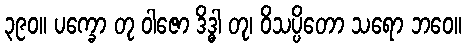
၃၉၀။ ပက္ခော တု ဝါဇော ဒိဒ္ဓါ တု၊ ဝိသပ္ပိတော သရော ဘဝေ။